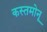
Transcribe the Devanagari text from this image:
कस्तमोनू